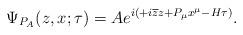
LaTeX: \begin{align*}\Psi _{P_{A}}(z,x;\tau )=Ae^{i\left( +i\overline{z}z+P_{\mu }x^{\mu }-H\tau\right) }. \end{align*}